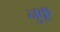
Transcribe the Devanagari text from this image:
नुकू